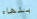
بلهاء